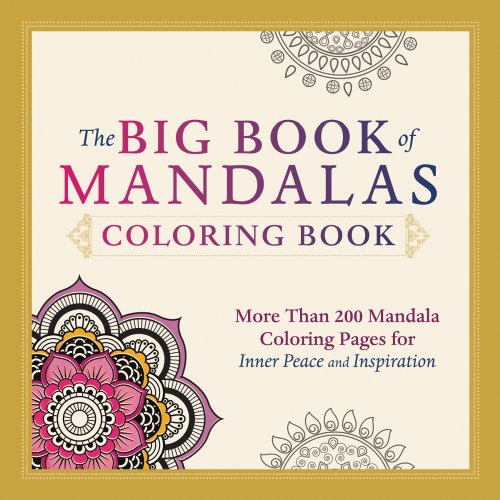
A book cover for The Big Book of Mandalas Coloring Book: More Than 200 Mandala Coloring Pages for Inner Peace and Inspiration; Adams Media; Self-Help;